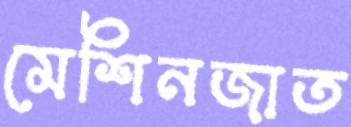
মেশিনজাত